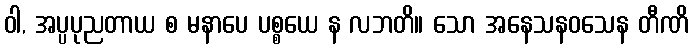
ဝါ, အပ္ပပုညတာယ စ မနာပေ ပစ္စယေ န လဘတိ။ သော အနေသနဝသေန တီဏိ